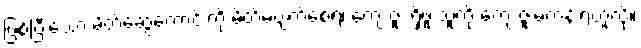
ဖြစ်ပြီးသော မိတ်ဆွေကောင်းကို မိတ်မပျက်စေရ၊ ကျေးဇူး ရှိဖူးသူကို ကျေးဇူးမကန်းရဟူလို။